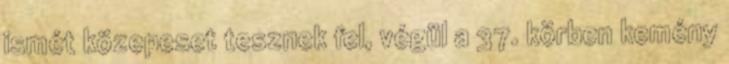
ismét közepeset tesznek fel, végül a 37. körben kemény